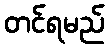
တင်ရမည်